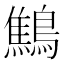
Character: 鷦